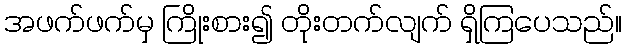
အဖက်ဖက်မှ ကြိုးစား၍ တိုးတက်လျက် ရှိကြပေသည်။